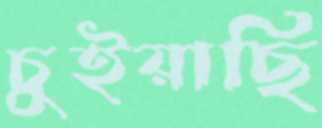
চুইয়াছি